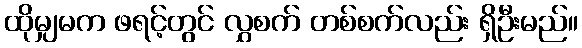
ထိုမျှမက ဖရင့်တွင် လွှစက် တစ်စက်လည်း ရှိဦးမည်။